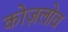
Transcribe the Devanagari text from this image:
कोज़लोव